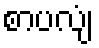
စာပလျံ